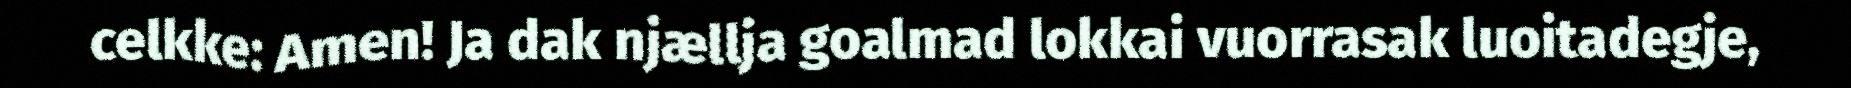
celkke: Amen! Ja dak njællja goalmad lokkai vuorrasak luoitadegje,